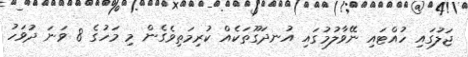
ޖަލުގައި ހުއްޓައި ނޭވާލުމުގައި އުނދަގޫތަކެއް ކުރިމަތިވެގެން މި މަހުގެ 8 ވަނަ ދުވަހު